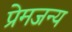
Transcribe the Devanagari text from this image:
प्रेमजन्य